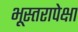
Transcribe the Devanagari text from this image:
भूस्तरापेक्षा